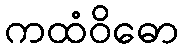
ကထံဝိဓော